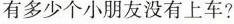
有多少个小朋友没有上车?